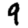
Digit: 9